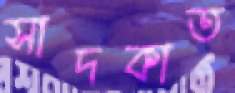
সাদকাত